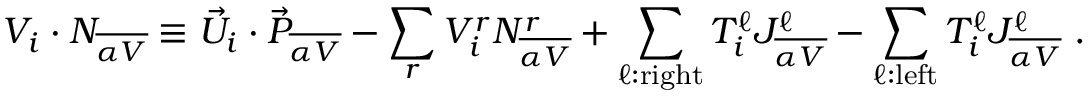
V _ { i } \cdot { \cal N } _ { \overline { { { \alpha V } } } } \equiv { \vec { U } } _ { i } \cdot { \vec { P } } _ { \overline { { { \alpha V } } } } - \sum _ { r } V _ { i } ^ { r } N _ { \overline { { { \alpha V } } } } ^ { r } + \sum _ { \ell : { \mathrm { r i g h t } } } T _ { i } ^ { \ell } J _ { \overline { { { \alpha V } } } } ^ { \ell } - \sum _ { \ell : { \mathrm { l e f t } } } T _ { i } ^ { \ell } J _ { \overline { { { \alpha V } } } } ^ { \ell } ~ .